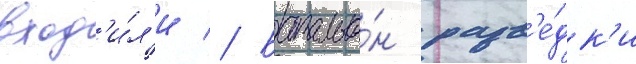
вход'и́л'и // Батальо́н разв'е́дк'и